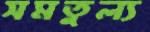
সমতুল্য